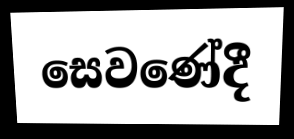
සෙවණේදී